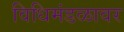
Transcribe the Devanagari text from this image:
विधिमंडळावर